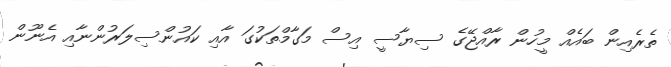
ތެރެއިން ބައެއް މީހުން ރާއްޖޭގެ ސިޔާސީ އިސް މަގާމްތަކުގަ އާއި ކައުންސިލަރުންނާއި އެނޫން